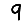
Digit: 9